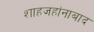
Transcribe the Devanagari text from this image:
शाहजहांनाबाद